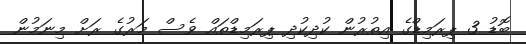
ބޮޑު 3 ޕިރަމިޑްގެ އިތުރުން ކުދިކުދި ޕިރަމިޑްތައް ވެސް މަރުގެ ރަށް މިނަމުން